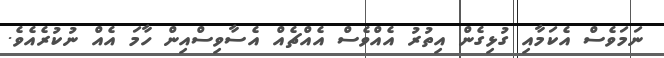
ނަމަވެސް އެކަމާއި ގުޅިގެން އިތުރު އެއްވެސް އެއްޗެއް އެސާވިސްއިން ހާމަ އެއް ނުކުރެއެވެ.